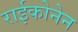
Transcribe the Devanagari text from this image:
राईकोनेन